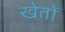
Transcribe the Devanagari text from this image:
खेताें